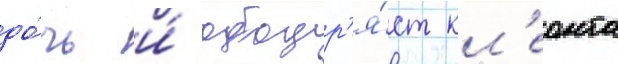
до́чь и́ ободр'я́ет кл'еонта